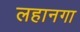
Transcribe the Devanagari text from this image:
लहानगा